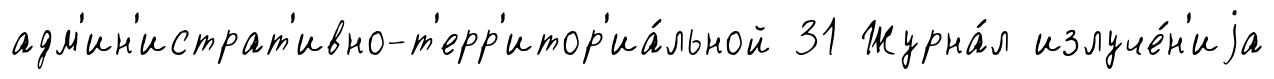
адм'ин'истрат'ивно-т'ерр'итор'иа́льной 31 Журна́л излуче́н'иjа